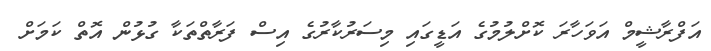
އަފްރާޝީމް އަވަހާރަ ކޮށްލުމުގެ އަޑީގައި މިސަރުކާރުގެ އިސް ފަރާތްތަކާ ގުޅުން އޮތް ކަމަށް